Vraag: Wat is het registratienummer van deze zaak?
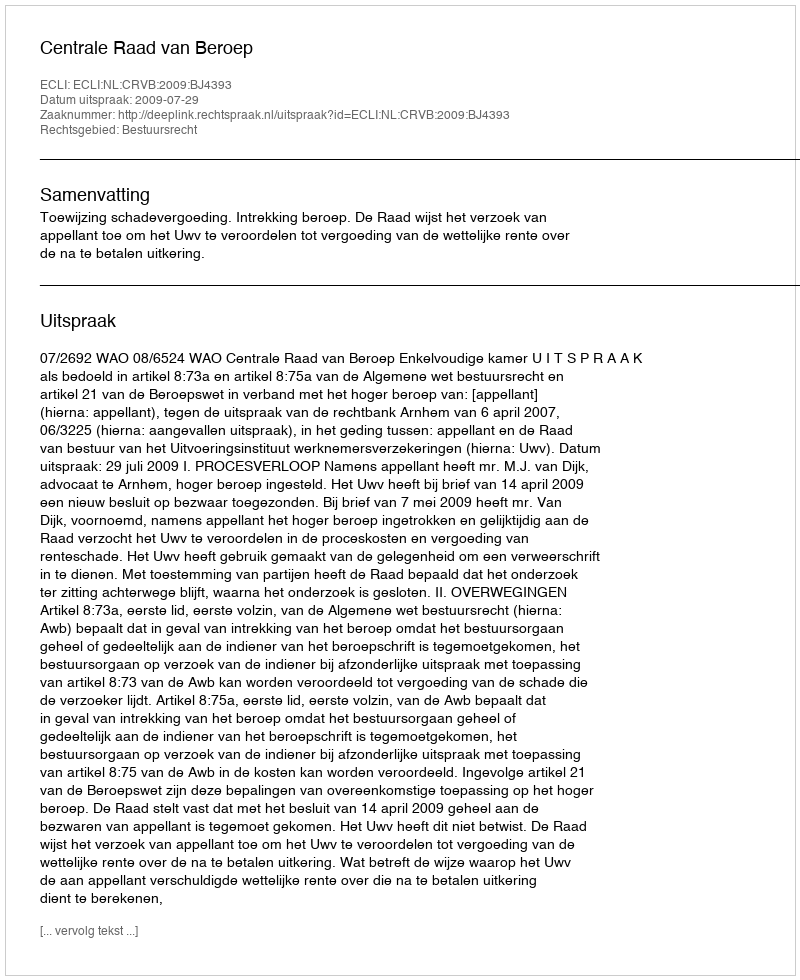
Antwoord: http://deeplink.rechtspraak.nl/uitspraak?id=ECLI:NL:CRVB:2009:BJ4393